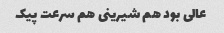
عالی بود هم شیرینی هم سرعت پیک